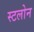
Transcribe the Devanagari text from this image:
स्टलोन